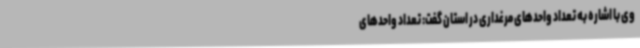
وی با اشاره به تعداد واحدهای مرغداری در استان گفت: تعداد واحدهای